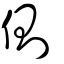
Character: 側